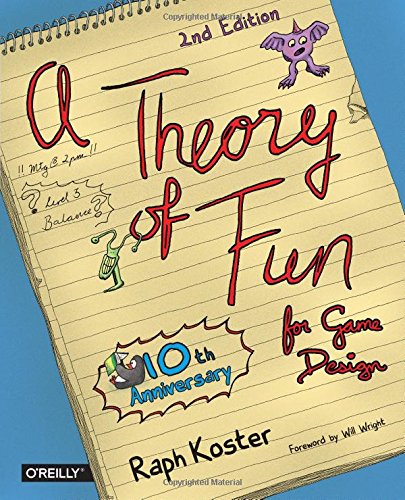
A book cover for Theory of Fun for Game Design; Raph Koster; Computers & Technology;